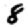
Digit: 8